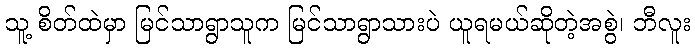
သူ့ စိတ်ထဲမှာ မြင်သာရွာသူက မြင်သာရွာသားပဲ ယူရမယ်ဆိုတဲ့အစွဲ၊ ဘီလူး